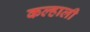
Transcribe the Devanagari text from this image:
कल्हाली